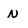
Character: n